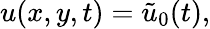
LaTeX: {u}(x,y,t)=\tilde{u}_{0}(t),